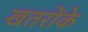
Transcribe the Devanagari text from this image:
खतरोंके